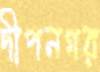
দীপনগর